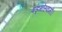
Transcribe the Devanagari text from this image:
षड्गोस्वामी।